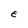
Character: E